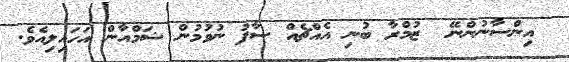
އިންސާނުންނޭ  ޒުމްރާ ބުނި އެއްޗެއް ސާފު ނުވުމުން ޝަމްއާން އަހައިލިއެވެ.